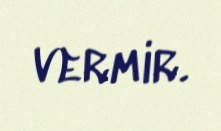
vermir.